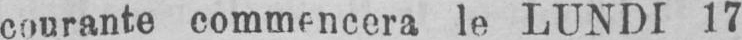
courante commencera le LUNDI 17